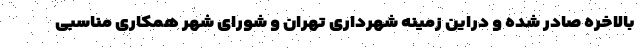
بالاخره صادر شده و دراین زمینه شهرداری تهران و شورای شهر همکاری مناسبی